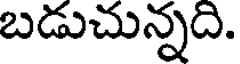
బడుచున్నది.